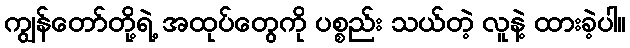
ကျွန်တော်တို့ရဲ့ အထုပ်တွေကို ပစ္စည်း သယ်တဲ့ လူနဲ့ ထားခဲ့ပါ။